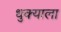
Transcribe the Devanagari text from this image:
धुक्‍याला